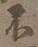
不